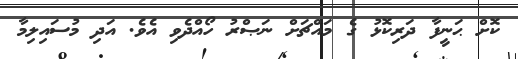
ކޮށް ޙަނީފާ ދަރިކޮޅު ގެ މައްޗަށް ނަޞްރު ހޯއްދެވި އެވެ. އަދި މުސައިލިމާ